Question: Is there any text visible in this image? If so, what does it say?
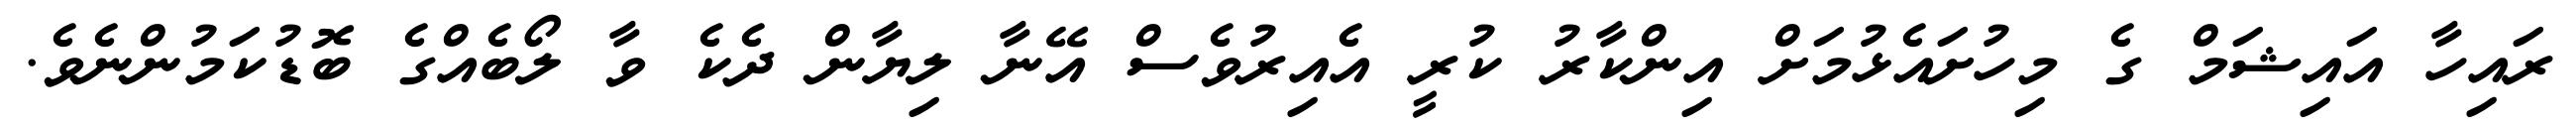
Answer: ރައިހާ އައިޝަމް ގެ މިހުށައެޅުމަށް އިންކާރު ކުރީ އެއިރުވެސް އޭނާ ލިޔާން ދެކެ ވާ ލޯބެއްގެ ބޮޑުކަމުންނެވެ.